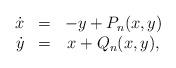
LaTeX: \begin{align*}\displaystyle{\begin{array}{ccc}\dot{x} & = & -y+P_n(x,y)\\ \dot{y} & = & x+Q_n(x,y),\\\end{array}} \end{align*}